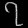
Digit: ၇